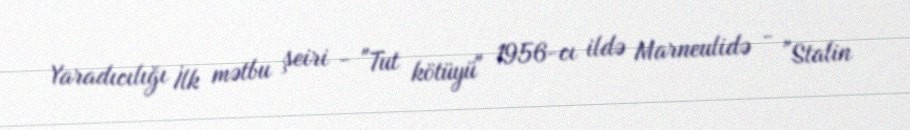
Yaradıcılığı İlk mətbu şeiri - "Tut kötüyü" 1956-cı ildə Marneulidə - "Stalin